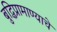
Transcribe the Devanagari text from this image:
बुद्धिप्रामाण्याचे